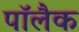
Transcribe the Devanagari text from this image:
पॉलैक